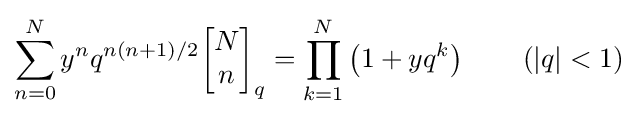
\sum _{n=0}^{N}y^{n}q^{n(n+1)/2}{\begin{bmatrix}N\\n\end{bmatrix}}_{q}=\prod _{k=1}^{N}\left(1+yq^{k}\right)\qquad (|q|<1)